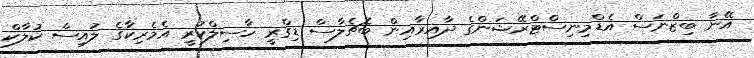
އޭނާ ބިޒްނަސް އެޑްމިނިސްޓްރޭޝަންގެ ދާއިރާއިން ބެޗެލާސް ޑިގްރީ ހާސިލްކުރީ އެމެރިކާގެ ލުއިސް ކުލާކް